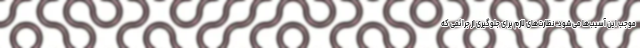
موجب این آسیب‌ها می‌شود. نظارت‌های لازم برای جلوگیری از جرائمی که